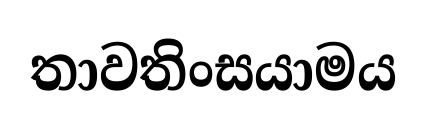
තාවතිංසයාමය